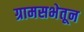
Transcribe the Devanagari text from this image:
ग्रामसभेतून